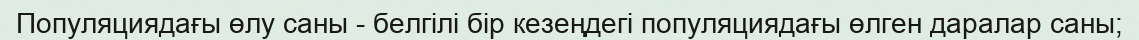
Популяциядағы өлу саны - белгілі бір кезеңдегі популяциядағы өлген даралар саны;